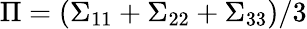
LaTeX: \Pi=(\Sigma_{11}+\Sigma_{22}+\Sigma_{33})/3